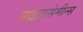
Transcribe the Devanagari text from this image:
नाइट्रासेमीन्स